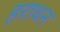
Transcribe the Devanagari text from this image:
हराधन